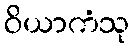
ဝိယာကံသု